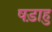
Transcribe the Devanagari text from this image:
षड़ाहु